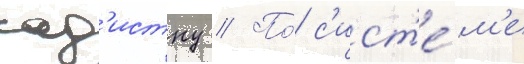
сад'истку // По́ с'ист'е́м'е